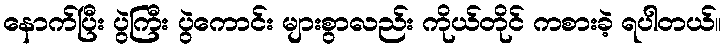
နောက်ပြီး ပွဲကြီး ပွဲကောင်း များစွာလည်း ကိုယ်တိုင် ကစားခဲ့ ရပါတယ်။